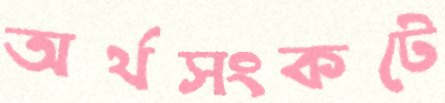
অর্থসংকটে